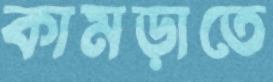
কামড়াতে